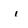
Character: i